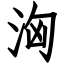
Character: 洶